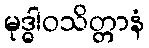
မုဒ္ဓါဝသိတ္တာနံ